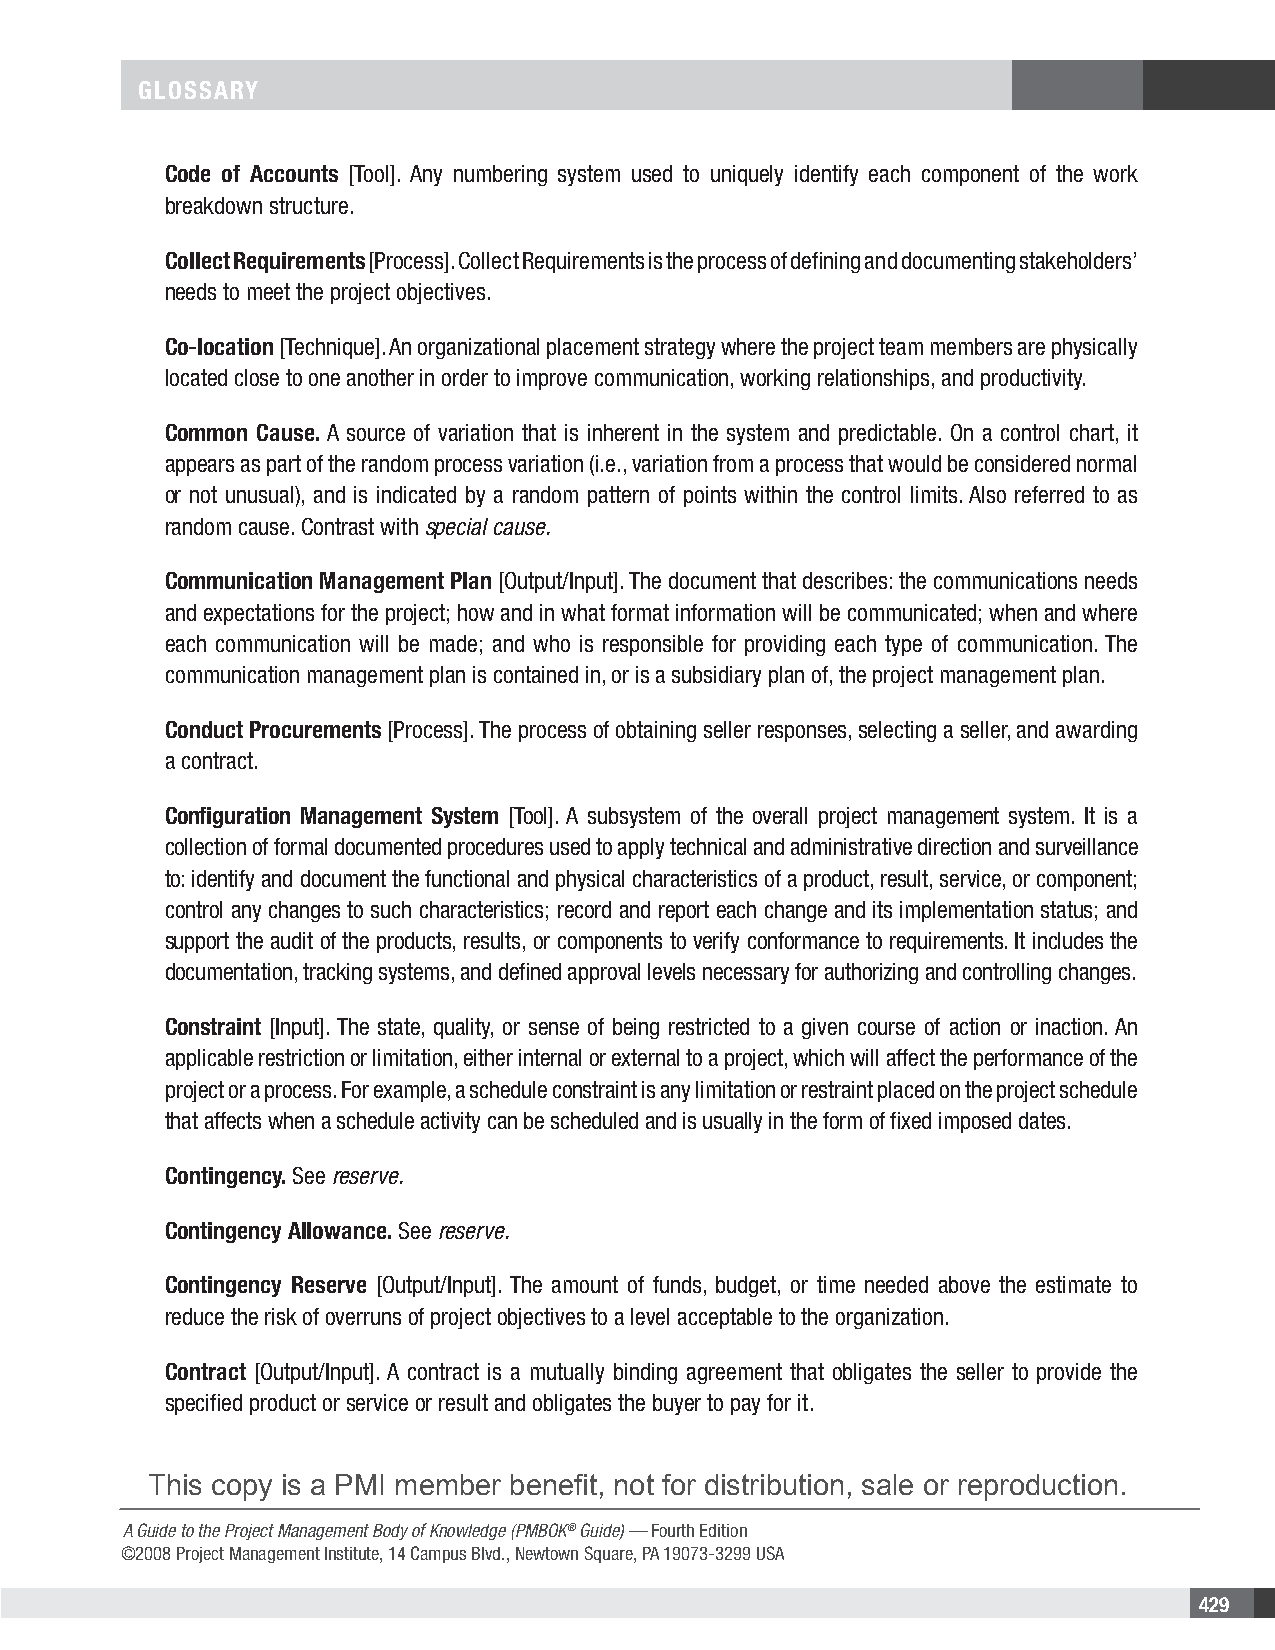
GLOSSARY
 Code of Accounts [Tool]. Any numbering system used to uniquely identify each component of the work
 breakdown structure.
 Collect Requirements [Process]. Collect Requirements is the process of defining and documenting stakeholders’
 needs to meet the project objectives.
 Co-location [Technique]. An organizational placement strategy where the project team members are physically
 located close to one another in order to improve communication, working relationships, and productivity.
 Common Cause. A source of variation that is inherent in the system and predictable. On a control chart, it
 appears as part of the random process variation (i.e., variation from a process that would be considered normal
 or not unusual), and is indicated by a random pattern of points within the control limits. Also referred to as
 random cause. Contrast with special cause.
 Communication Management Plan [Output/Input]. The document that describes: the communications needs
 and expectations for the project; how and in what format information will be communicated; when and where
 each communication will be made; and who is responsible for providing each type of communication. The
 communication management plan is contained in, or is a subsidiary plan of, the project management plan.
 Conduct Procurements [Process]. The process of obtaining seller responses, selecting a seller, and awarding
 a contract.
 Configuration Management System [Tool]. A subsystem of the overall project management system. It is a
 collection of formal documented procedures used to apply technical and administrative direction and surveillance
 to: identify and document the functional and physical characteristics of a product, result, service, or component;
 control any changes to such characteristics; record and report each change and its implementation status; and
 support the audit of the products, results, or components to verify conformance to requirements. It includes the
 documentation, tracking systems, and defined approval levels necessary for authorizing and controlling changes.
 Constraint [Input]. The state, quality, or sense of being restricted to a given course of action or inaction. An
 applicable restriction or limitation, either internal or external to a project, which will affect the performance of the
 project or a process. For example, a schedule constraint is any limitation or restraint placed on the project schedule
 that affects when a schedule activity can be scheduled and is usually in the form of fixed imposed dates.
 Contingency. See reserve.
 Contingency Allowance. See reserve.
 Contingency Reserve [Output/Input]. The amount of funds, budget, or time needed above the estimate to
 reduce the risk of overruns of project objectives to a level acceptable to the organization.
 Contract [Output/Input]. A contract is a mutually binding agreement that obligates the seller to provide the
 specified product or service or result and obligates the buyer to pay for it.
 This copy is a PMI member benefit, not for distribution, sale or reproduction.
 A Guide to the Project Management Body of Knowledge (PMBOK® Guide) — Fourth Edition
 ©2008 Project Management Institute, 14 Campus Blvd., Newtown Square, PA 19073-3299 USA
 429